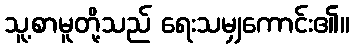
သူ့စာမူတို့သည် ရေးသမျှကောင်း၏။